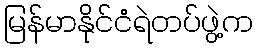
မြန်မာနိုင်ငံရဲတပ်ဖွဲ့က